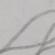
Signature authenticity: forged